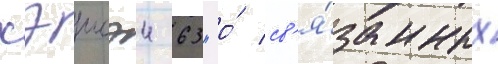
хэисэи 63 "о́ св'я́занных